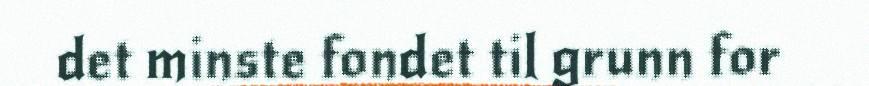
det minste fondet til grunn for